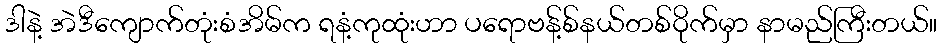
ဒါနဲ့ အဲဒီကျောက်တုံးစံအိမ်က ရနံ့ကုထုံးဟာ ပရောဗန့်စ်နယ်တစ်ဝိုက်မှာ နာမည်ကြီးတယ်။